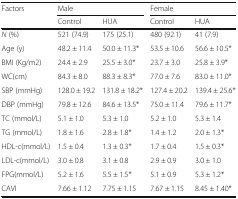
<table><thead><tr><td><b>Factors</b></td><td colspan="2"><b>Male</b></td><td colspan="2"><b>Female</b></td></tr><tr><td></td><td><b>Control</b></td><td><b>HUA</b></td><td><b>Control</b></td><td><b>HUA</b></td></tr></thead><tbody><tr><td><i>N</i> (%)</td><td>521 (74.9)</td><td>175 (25.1)</td><td>480 (92.1)</td><td>41 (7.9)</td></tr><tr><td>Age (y)</td><td>48.2 ± 11.4</td><td>50.0 ± 11.3*</td><td>53.5 ± 10.6</td><td>56.6 ± 10.5*</td></tr><tr><td>BMI (Kg/m2)</td><td>24.4 ± 2.9</td><td>25.5 ± 3.0*</td><td>23.7 ± 3.0</td><td>25.8 ± 3.9*</td></tr><tr><td>WC(cm)</td><td>84.3 ± 8.0</td><td>88.3 ± 8.3*</td><td>77.0 ± 7.6</td><td>83.0 ± 11.0*</td></tr><tr><td>SBP (mmHg)</td><td>128.0 ± 19.2</td><td>131.8 ± 18.2*</td><td>127.4 ± 20.2</td><td>139.4 ± 25.6*</td></tr><tr><td>DBP (mmHg)</td><td>79.8 ± 12.6</td><td>84.6 ± 13.5*</td><td>75.0 ± 11.4</td><td>79.6 ± 11.7*</td></tr><tr><td>TC (mmol/L)</td><td>5.1 ± 1.0</td><td>5.3 ± 1.0</td><td>5.2 ± 1.0</td><td>5.3 ± 1.4</td></tr><tr><td>TG (mmol/L)</td><td>1.8 ± 1.6</td><td>2.8 ± 1.8*</td><td>1.4 ± 1.2</td><td>2.0 ± 1.3*</td></tr><tr><td>HDL-c(mmol/L)</td><td>1.5 ± 0.4</td><td>1.3 ± 0.3*</td><td>1.7 ± 0.4</td><td>1.5 ± 0.3*</td></tr><tr><td>LDL-c(mmol/L)</td><td>3.0 ± 0.8</td><td>3.1 ± 0.8</td><td>2.9 ± 0.9</td><td>3.0 ± 1.0</td></tr><tr><td>FPG(mmol/L)</td><td>5.2 ± 1.6</td><td>5.5 ± 1.5*</td><td>5.1 ± 0.9</td><td>5.3 ± 1.2*</td></tr><tr><td>CAVI</td><td>7.66 ± 1.12</td><td>7.75 ± 1.15</td><td>7.67 ± 1.15</td><td>8.45 ± 1.40*</td></tr></tbody></table>